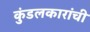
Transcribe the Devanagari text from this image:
कुंडलकारांची